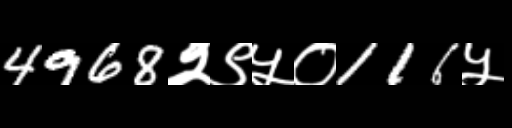
Text: 4968२९५०116५